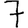
Digit: 7